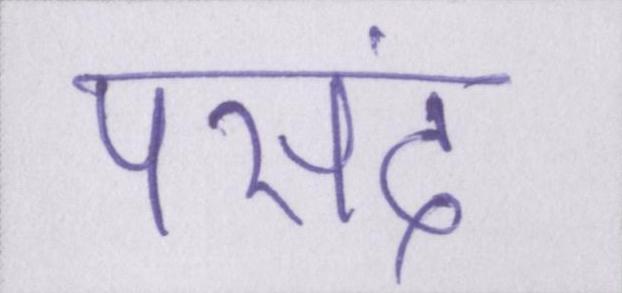
पसंद